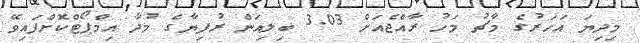
މިދިޔަ އަހަރުގެ މާޗު މަހު ރާއްޖެއަށް 3.03 ބިލިއަން ރުފިޔާގެ މުދާ އިމްޕޯޓްކޮށްފައިވޭ